Tartu_pedagoogiumi_aruanded, lk 74
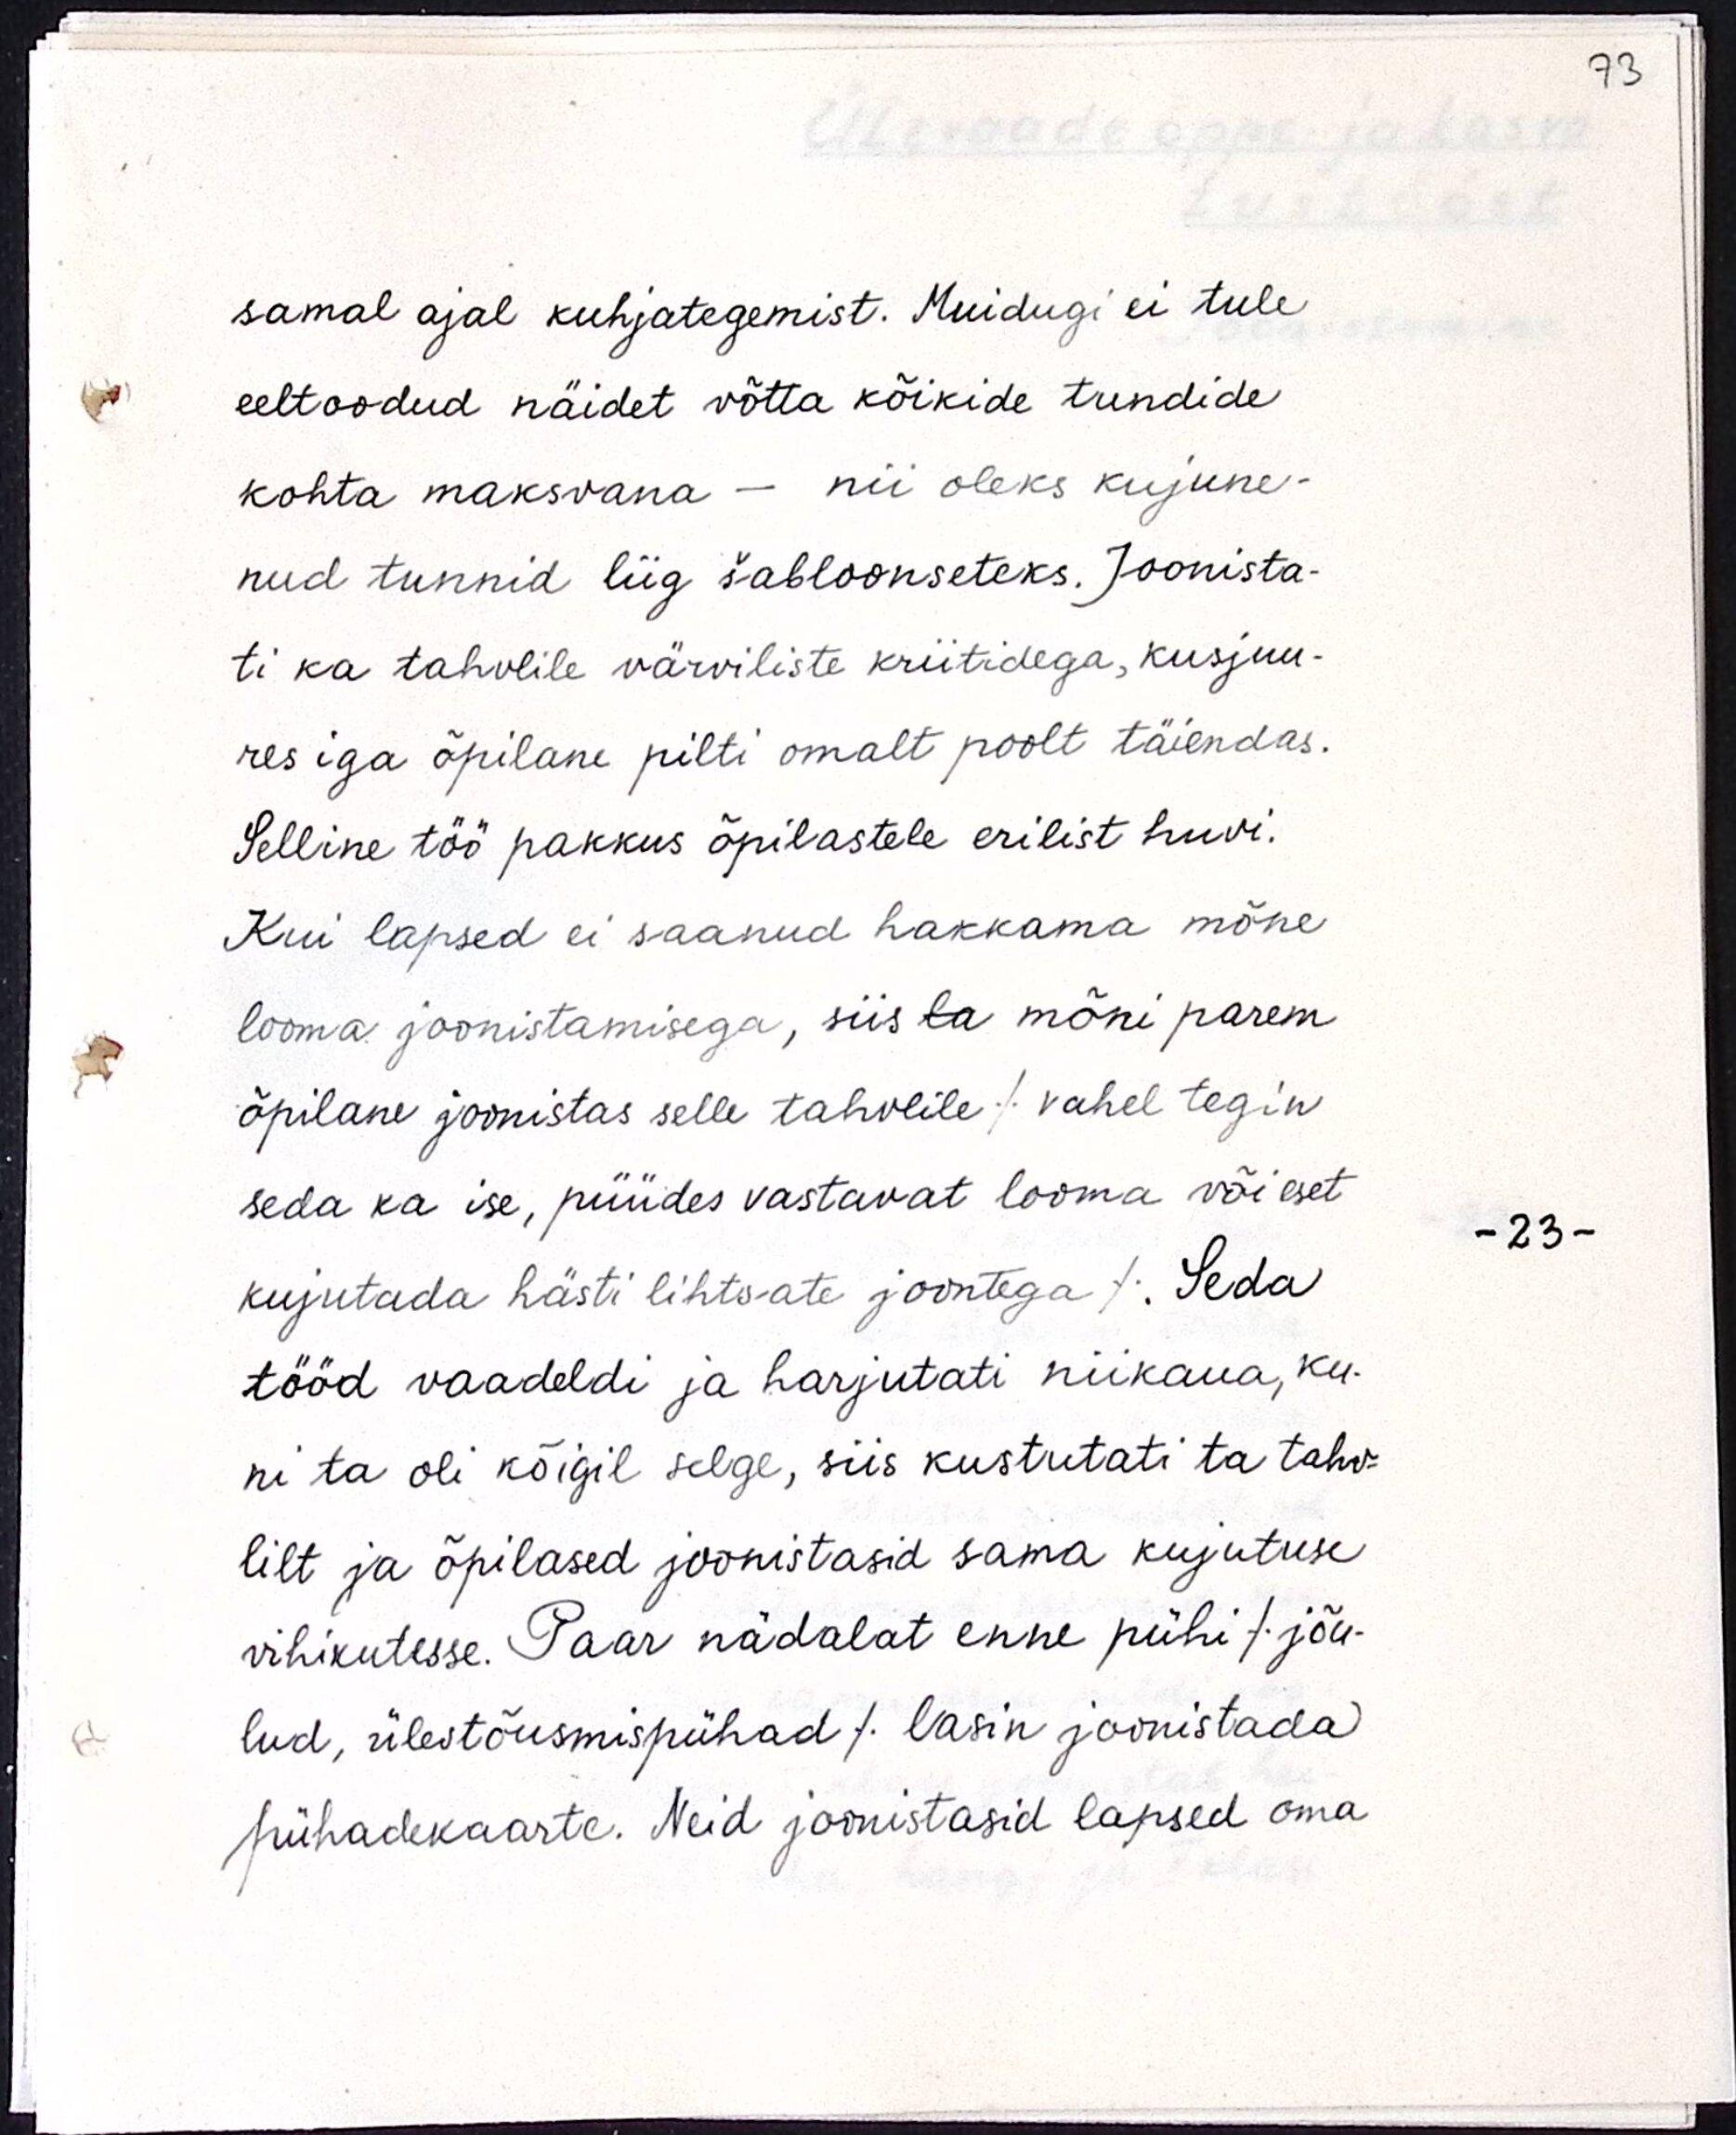
samal ajal kuhjategemist. Muidugi ei tule
eeltoodud näidet võtta kõikide tundide
kohta maksvana - nii oleks kujune-
nud tunnid liig šabloonseteks. Joonista-
ti ka tahvlile värviliste kriitidega, kusjuu-
res iga õpilane pilti omalt poolt täiendas.
Selline töö pakkus õpilastele erilist huvi.
Kui lapsed ei saanud hakkama mõne
looma joonistamisega, siis la mõni parem
õpilane joonistas selle tahvlile / vahel tegin
seda ka ise, püüdes vastavat looma või eset
kujutada hästi lihtsate joontega /. Seda
tööd vaadeldi ja harjutati niikaua, ku-
ni ta oli kõigil selge, siis kustutati ta tahv-
lilt ja õpilased joonistasid sama kujutuse
vihikutesse. Paar nädalat enne pühi / jõu-
lud, ülestõusmispühad / lasin joonistada
pühadekaarte. Neid joonistasid lapsed oma